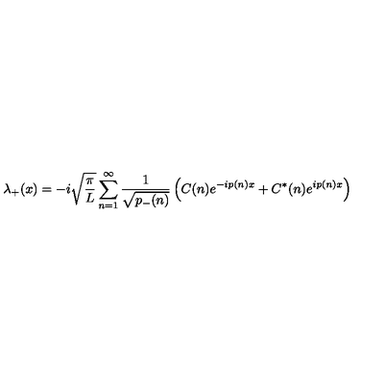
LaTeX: \lambda _ { + } ( x ) = - i \sqrt { { \frac { \pi } { L } } } \sum _ { n = 1 } ^ { \infty } { \frac { 1 } { \sqrt { p _ { - } ( n ) } } } \left( C ( n ) e ^ { - i p ( n ) x } + C ^ { * } ( n ) e ^ { i p ( n ) x } \right)